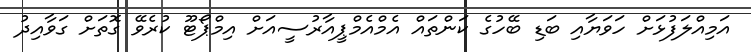
އަމިއްލަފުޅަށް ހަވަޔާއި ބަޑި ބޭހުގެ ކަންތައް އެމްއެމްޕީއާރުސީއަށް އިމްޕޯޓޫ ކުރެވޭ ގޮތަށް ގަވާއިދު